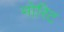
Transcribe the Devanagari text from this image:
मोरिट